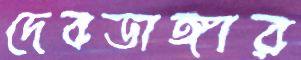
দেবডাঙ্গার